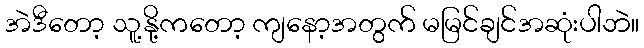
အဲဒီတော့ သူ့နို့ကတော့ ကျနော့အတွက် မမြင်ချင်အဆုံးပါဘဲ။